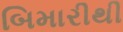
બિમારીથી